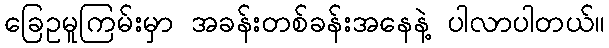
ခြေဥမူကြမ်းမှာ အခန်းတစ်ခန်းအနေနဲ့ ပါလာပါတယ်။